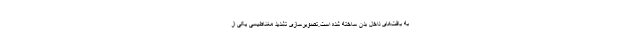
به بافت‌های داخل بدن ساخته شده است.تصویرسازی تشدید مغناطیسی یکی از